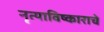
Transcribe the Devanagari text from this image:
नृत्याविष्काराचे